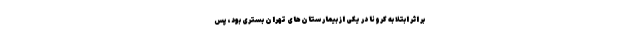
بر اثر ابتلا به کرونا در یکی از بیمارستان‌های تهران بستری بود، پس